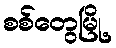
စစ်တွေမြို့